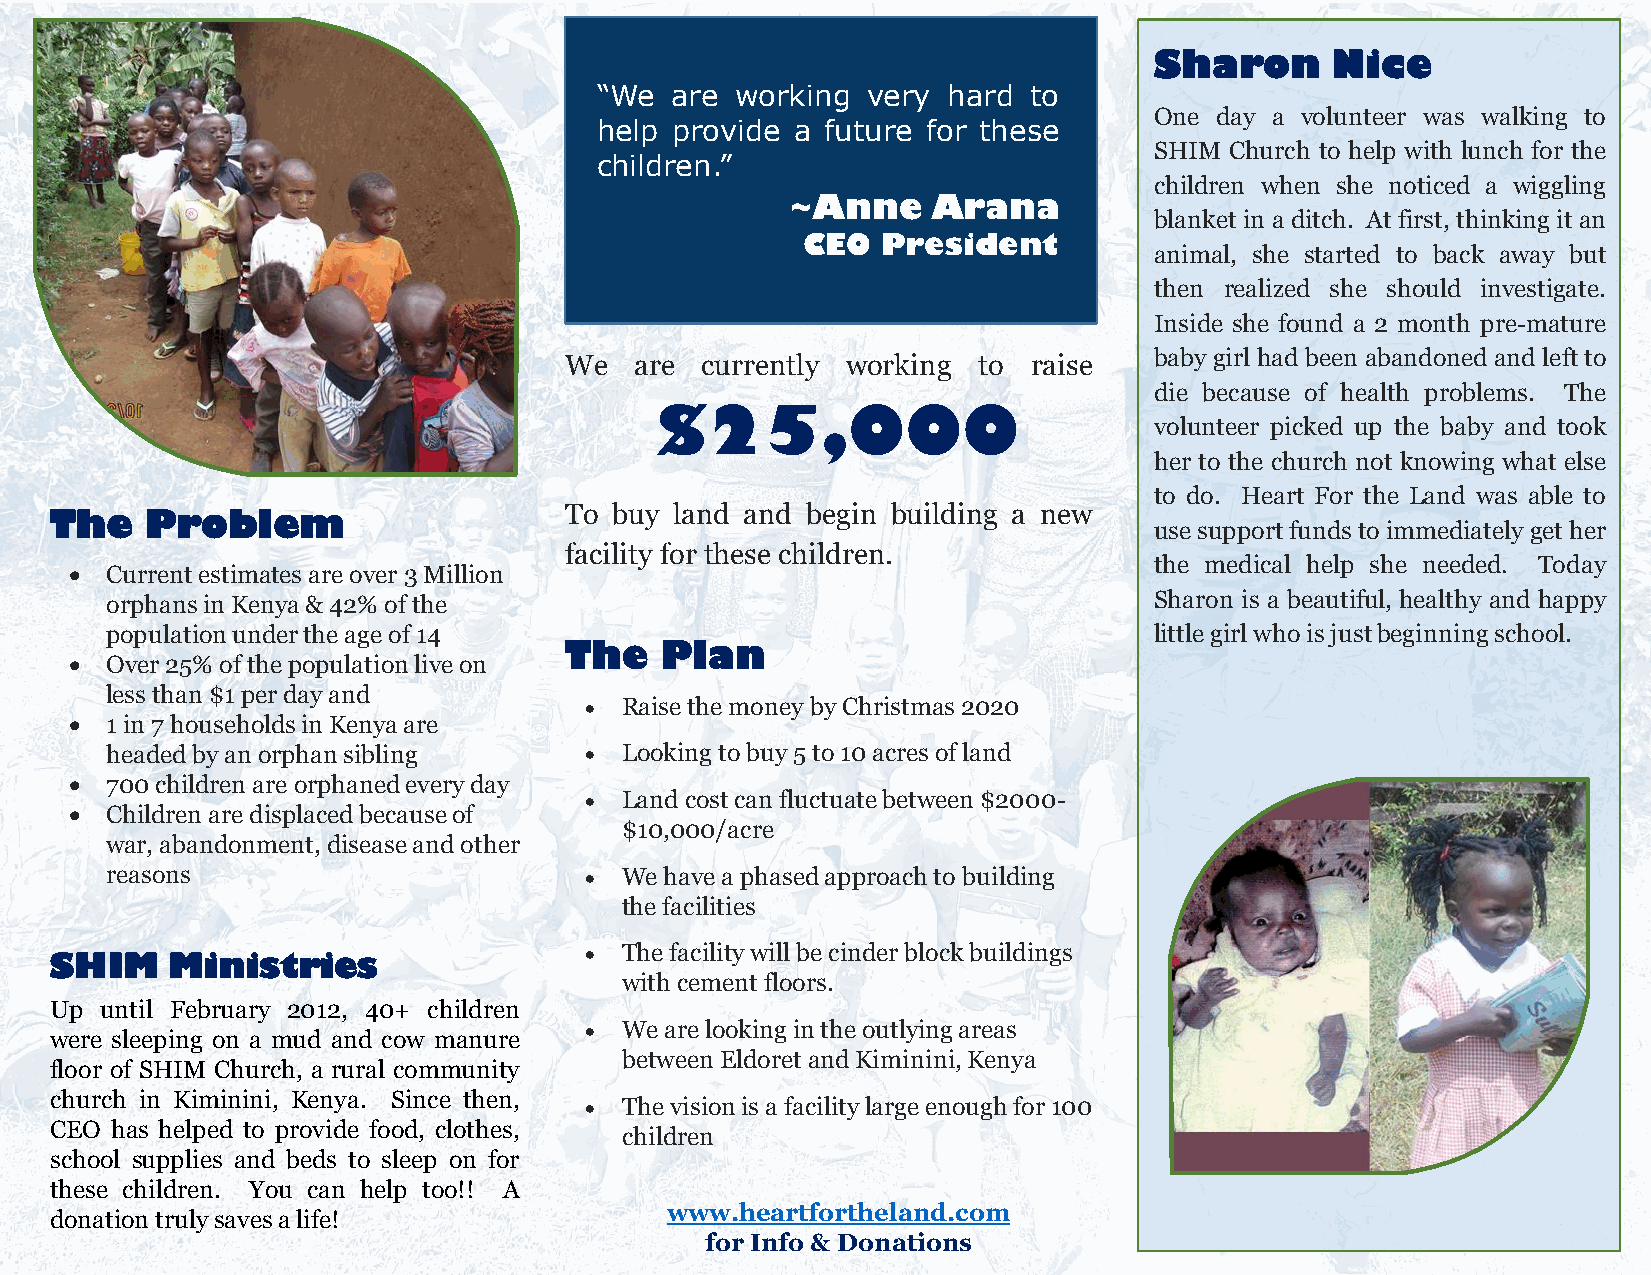
Sharon      Nice
 “We  are  working very  hard to
 One day a volunteer was walking to
 help provide  a future for these
 SHIM Church to help with lunch for the
 children.”
 children when she noticed a wiggling
 ~Anne     Arana
 blanket in a ditch. At first, thinking it an
 CEO  President
 animal, she started to back away but
 then realized she should investigate.
 Inside she found a 2 month pre-mature
 We   are currently working  to raise   baby girl had been abandoned and left to
 die because of health problems. The
 $25,000
 volunteer picked up the baby and took
 her to the church not knowing what else
 to do. Heart For the Land was able to
 The    Problem                    To  buy land and begin building a new
 usesupportfundstoimmediately gether
 facility for these children.
 the medical help she needed. Today
  Current estimates are over 3 Million
 orphans in Kenya & 42% of the                                        Sharon is a beautiful, healthy and happy
 population under the age of 14                                       littlegirlwhoisjustbeginningschool.
 The    Plan
  Over 25% of the population live on
 less than $1 per day and
  Raise the money by Christmas 2020
  1 in 7 households in Kenya are
 headed by an orphan sibling      Looking to buy 5 to 10 acres of land
  700 children are orphaned every day
  Land cost can fluctuate between $2000-
  Children are displaced because of
 $10,000/acre
 war, abandonment, disease and other
 reasons                          We have a phased approach to building
 the facilities
 SHIM    Ministries                   The facility will be cinder block buildings
 with cement floors.
 Up  until February 2012, 40+ children
  We are looking in the outlying areas
 were sleeping on a mud and cow manure
 between Eldoretand Kiminini, Kenya
 floor of SHIM Church, a rural community
 church in Kiminini, Kenya. Since then,
  The vision is a facility large enough for 100
 CEO has helped to provide food, clothes,
 children
 school supplies and beds to sleep on for
 these children. You can help too!! A
 www.heartfortheland.com
 donationtrulysavesalife!
 for Info & Donations